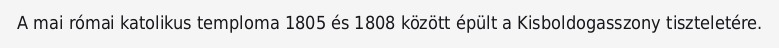
A mai római katolikus temploma 1805 és 1808 között épült a Kisboldogasszony tiszteletére.